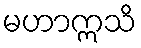
မဟာဣသိ